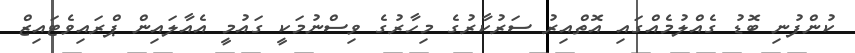
ކުންފުނި ބޮޑު ގެއްލުމެއްގައި އޮތްއިރު ސަރުކާރުގެ މިހާރުގެ ވިސްނުމަކީ ގައުމީ އެއާލައިން ޕްރައިވެޓައިޒް